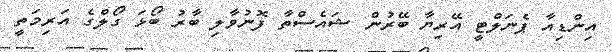
އިންޑިއާ ޕެނަލްޓީ އޭރިޔާ ބޭރުން ޝައެސްތާ ފޮނުވާލި ބާރު ބޯޅަ ގޯލްގެ އަރިމަތީ